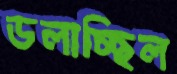
ডলাচ্ছিল